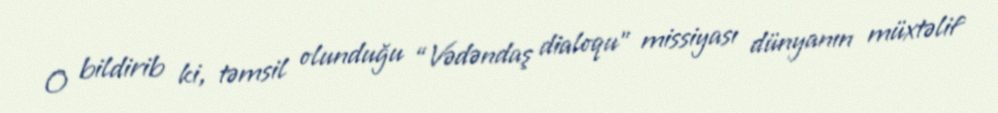
O bildirib ki, təmsil olunduğu “Vədəndaş dialoqu” missiyası dünyanın müxtəlif